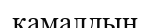
қамалдың